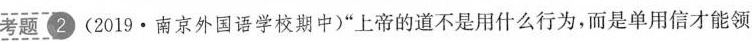
[考题_29(2019·南京外国语学校期中)“上帝的道不是用什么行为，而是单用信才能领